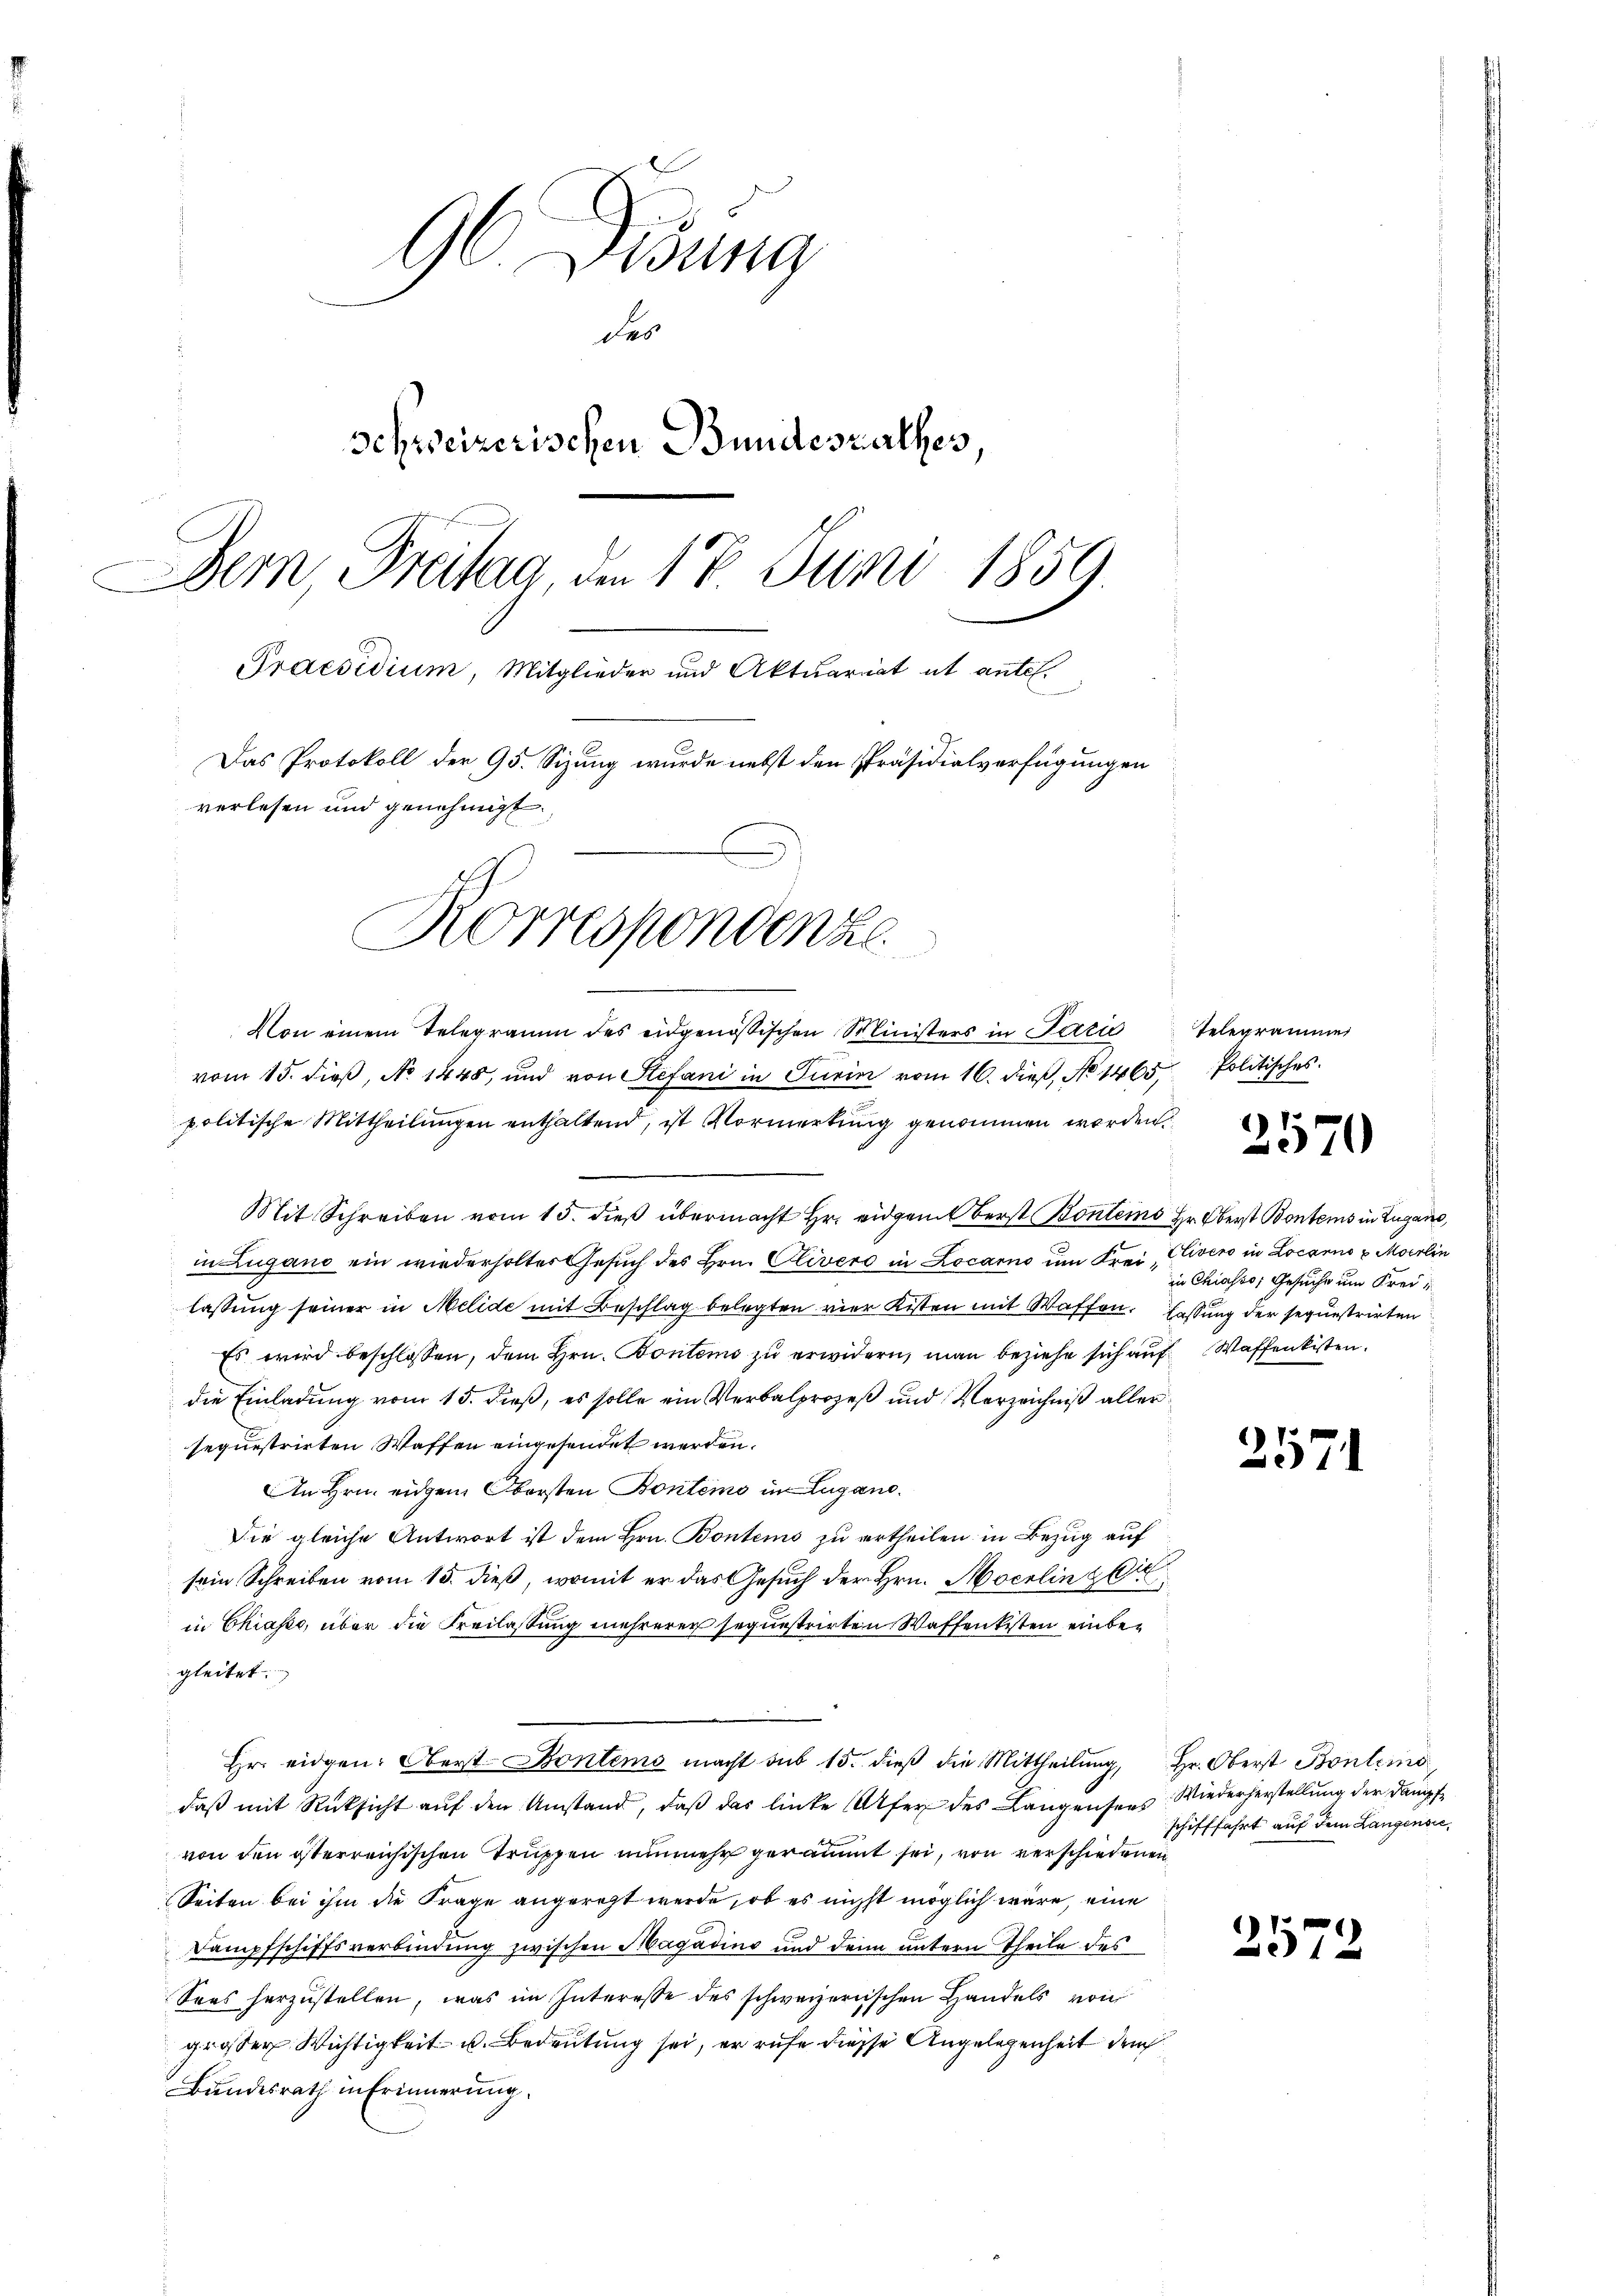
96 Didung
des
Schweizerischen Bundesrathes
Bern, Breitag, den 18. Juni 1859
Praesidium, Mitglieder und Aktuariat ut antel.
Das Protokoll der 95. Sizung wurde nebst den Präsidialverfügungen
verlesen und genehmigt.

Korrespondenze

Von einem Telegramm des eidgenößischen Ministers in Lazić Telegrammer
vom 15. dieß, No 1448, und von Stefani in Turin vom 16. dieß, No 1465,
politische Mittheilungen enthaltend, ist Vormerkung genommen werden.
Mit Schreiben vom 15. dieβ übermacht Hr. eidgamt Berst Bontes Hr. Oberst Bontems in Zugano,
in Lugano ein wiederholter Gesŭch des Hrn. Clivero in Locarno um Frei Clivero in Locarno u Moerlin
lassung seiner in Melide mit Beschlag belegten vier Kisten mit Waffen. Fassung der sequestrirten
Es wird beschlossen, dem Hrn. Bontens zu erwidern, man beziehe sich auf Waffenkisten.
die Einladung vom 15. dieß, es solle ein Verbalprozeß und Verzeichniß aller
sequestrirten Waffen eingesendet werden.
An Hrn. einem Obersten Bontomo in Lugano.
Die gleiche Antwort ist dem Hrn. Bontems zu ertheilen in Bezug auf
sein Schreiben vom 15. dieß, womit er das Gesuch der Hrn. Mocrlin gl
in Chiasse, über die Freilastung mehrerer sequestrirten Waffentesten einbegleitet.
hr. eidgen: Oberst Bontems macht sub 15. dieβ die Mittheilŭng, Hr. Oberst Bontemno
daβ mit Rücksicht aŭf den Umstand, daβ das linke (Alfer des Langensees: Wiederherstellung der Dampfvon den österreichischen Truppen nunmehr geräumt sei, von verschiedenen
Seiten bei ihm die Frage angeregt werde, ob es nicht möglich wäre, eine
Dampfschiffsverbindung zwischen Magadino und denn untern Theile des
Soes herzustellen, was im Interesse des schweizerischen Handels von
grosser Wichtigkeit u. Bedeutung sei, er rufe diese Angelegenheit de
Bundesrath in Erinnerung.

Politisches.

).
979

in Chiasso; Gesuche um Frei¬

257.

schifffahrt auf dem Langensie

257